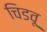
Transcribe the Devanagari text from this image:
चिडवू